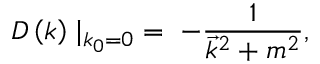
D \left( k \right) \mid _ { k _ { 0 } = 0 } \; = \; - { \frac { 1 } { { \vec { k } } ^ { 2 } + m ^ { 2 } } } ,